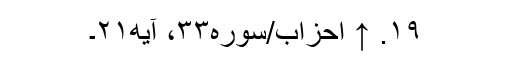
۱۹. ↑ احزاب/سوره۳۳، آیه۲۱۔